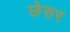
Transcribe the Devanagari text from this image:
छेरुर